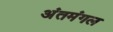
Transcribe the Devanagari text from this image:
अंतमंगल